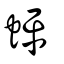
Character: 蚲